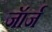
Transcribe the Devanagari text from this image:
जॅार्ज